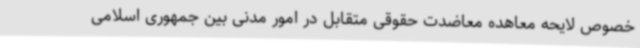
خصوص لایحه معاهده معاضدت حقوقی متقابل در امور مدنی بین جمهوری اسلامی